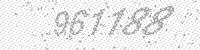
Solution: 961188